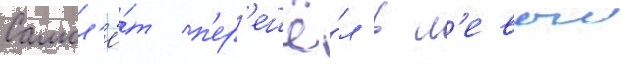
Самол'ё́т п'ер'ешё́л в л'евыи